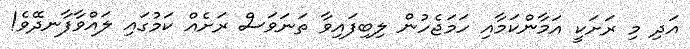
އަދި މި ރަށަކީ އަމާންކަމާއި ހަމަޖެހުން ލިބިފައިވާ ތަނަވަސް ރަށެއް ކަމުގައި ލައްވާފާނދޭވެ!